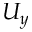
U _ { y }